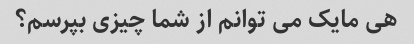
هی مایک می توانم از شما چیزی بپرسم؟